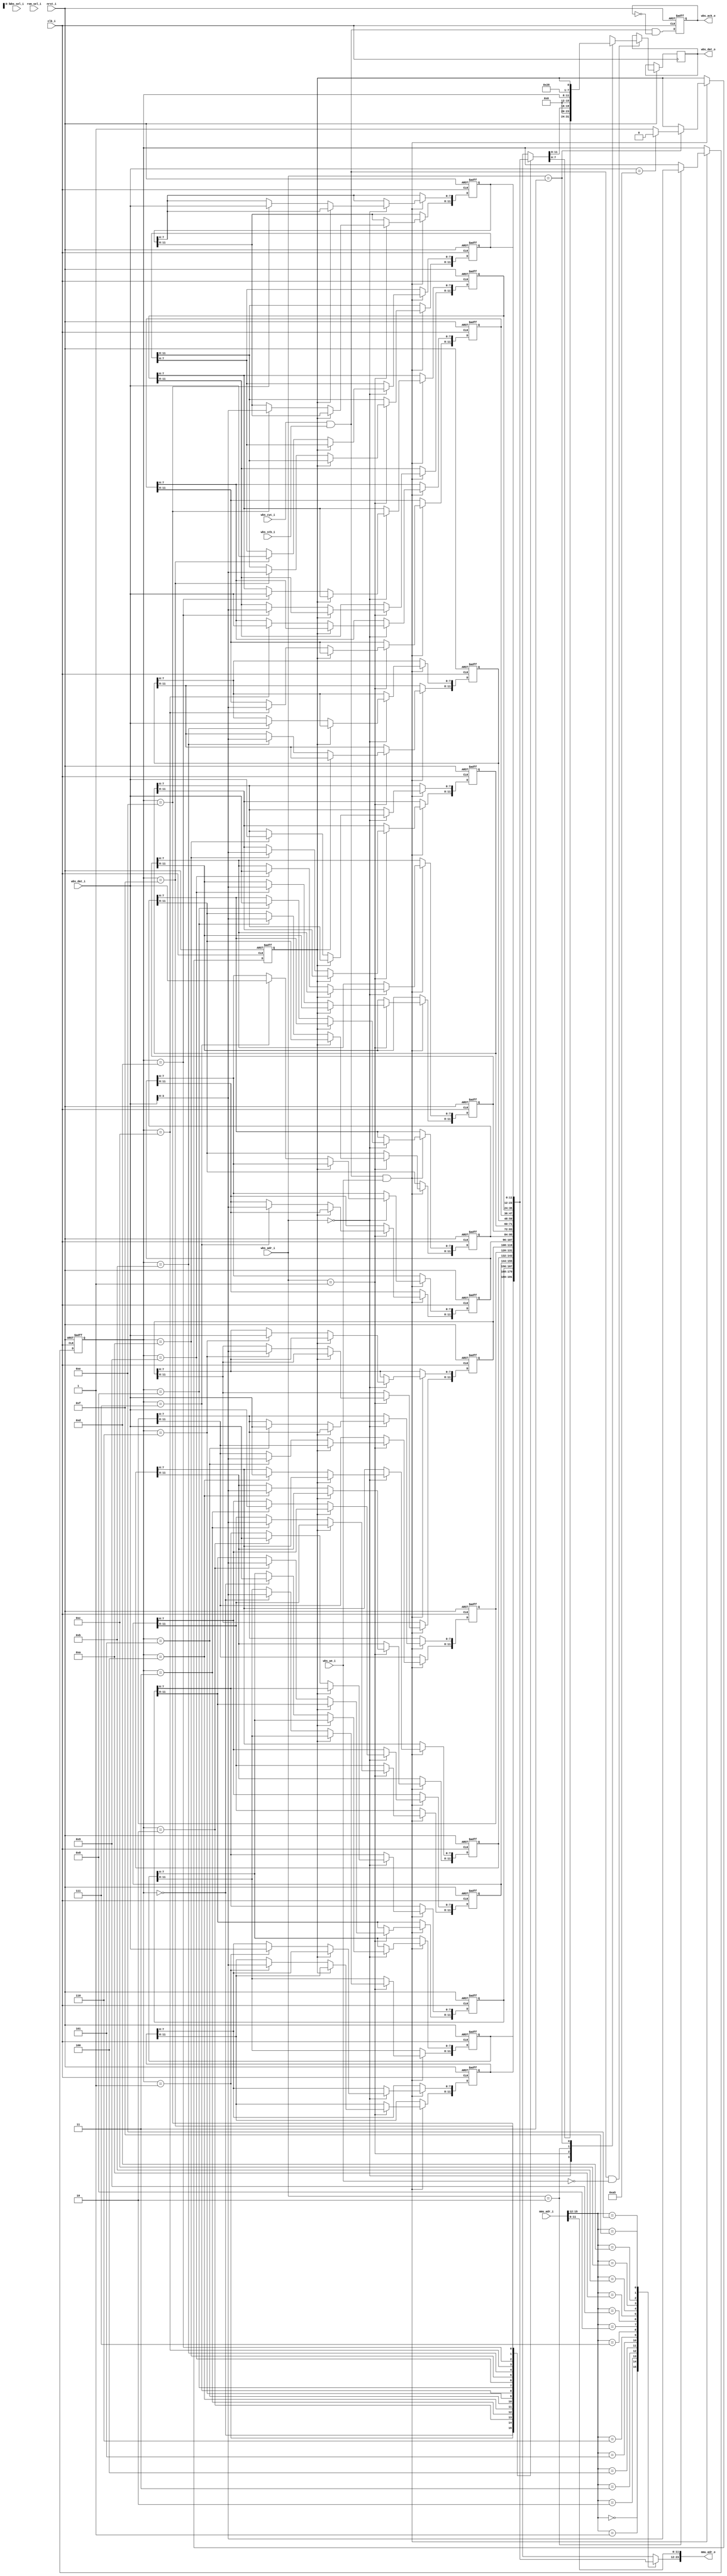
//////////////////////////////////////////////////////////////////////
////                                                              ////
////  $Id: wb_mmu.v,v 1.4 2008-12-15 06:42:44 hharte Exp $        ////
////  wb_mmu.v - Simple Memory Mapping Unit with Wishbone         ////
////             Slave interface for configuration.               ////
////                                                              ////
////  This file is part of the Vector Graphic Z80 SBC Project     ////
////  http://www.opencores.org/projects/vg_z80_sbc/               ////
////                                                              ////
////  Author:                                                     ////
////      - Howard M. Harte (hharte@opencores.org)                ////
////                                                              ////
//////////////////////////////////////////////////////////////////////
////                                                              ////
//// Copyright (C) 2008 Howard M. Harte                           ////
////                                                              ////
//// This source file may be used and distributed without         ////
//// restriction provided that this copyright statement is not    ////
//// removed from the file and that any derivative work contains  ////
//// the original copyright notice and the associated disclaimer. ////
////                                                              ////
//// This source file is free software; you can redistribute it   ////
//// and/or modify it under the terms of the GNU Lesser General   ////
//// Public License as published by the Free Software Foundation; ////
//// either version 2.1 of the License, or (at your option) any   ////
//// later version.                                               ////
////                                                              ////
//// This source is distributed in the hope that it will be       ////
//// useful, but WITHOUT ANY WARRANTY; without even the implied   ////
//// warranty of MERCHANTABILITY or FITNESS FOR A PARTICULAR      ////
//// PURPOSE.  See the GNU Lesser General Public License for more ////
//// details.                                                     ////
////                                                              ////
//// You should have received a copy of the GNU Lesser General    ////
//// Public License along with this source; if not, download it   ////
//// from http://www.opencores.org/lgpl.shtml                     ////
////                                                              ////
//////////////////////////////////////////////////////////////////////

//+---------------------------------------------------------------------------+
//|
//| Simple Memory Mapping Unit (MMU) for allowing a CPU with a 16-bit address
//| space to access a 16MB address space, using 16 4K pages.
//| 
//| The MMU has a table of 16 4K "pages" that can be map an address in the
//| 64K space into a corresponding address in a 16MB space.  Each 4K page can
//| map to any 4K boundary in a 16MB (24-bit) physical address space.
//| 
//| The MMU occupies four byte-wide memory locations, and must be accessed as
//| bytes.  The registers are as follows:
//|
//| 0 - MMR_L       Lower 8-bits = MMR_L  <ll>
//| 1 - MMR_H       Upper 4-bits = MMR_H  <h>
//| 2 - ADR_INDEX   (0x0-0xF to select the memory region modified by the MMR_x
//|                 registers.  This register defaults to 0 at reset.
//| 3 - LOCK        Writing 0xA5 to this register unlocks to MMU, any other
//|                 value locks it.  When locked, the MMR_L, MMR_H registers
//|                 are read-only.  Reading the LOCK register returns 0x51
//|                 if locked, 0x50 if unlocked.  The MMU is locked on reset.
//| 
//| The MMU forms the final 24-bit address on the 4K page as follows:
//|
//|      <pxxx> - 64K unmapped address (mmu_adr_i)
//| <h>:<llxxx> - 16M mapped address (mmu_adr_o)
//| 
//| where: p = 4K page in 64K address space
//|        h = MMR_H register
//|        l = MMR_L register
//|        x = address bits passed through the MMU unchanged.
//|
//+---------------------------------------------------------------------------+
module wb_mmu(
    clk_i, nrst_i, wbs_adr_i, wbs_dat_o, wbs_dat_i, wbs_sel_i, wbs_we_i,
    wbs_stb_i, wbs_cyc_i, wbs_ack_o,
    mmu_adr_i,
    mmu_adr_o,
    rom_sel_i
);

//`define USE_SERIAL_MONITOR  // Define to use MON4.0C Serial Monitor, 'G E80C' to boot floppy
    // Wishbone Slave Interface
    input          clk_i;
    input          nrst_i;
    input    [1:0] wbs_adr_i;
    output reg [7:0] wbs_dat_o;
    input    [7:0] wbs_dat_i;
    input    [3:0] wbs_sel_i;
    input          wbs_we_i;
    input          wbs_stb_i;
    input          wbs_cyc_i;
    output  reg    wbs_ack_o;
    
    // MMU Address Interface
    output  [23:0] mmu_adr_o;
    input   [23:0] mmu_adr_i;
    
    // Reset memory mapping selection
    input          rom_sel_i;

    // Internal storage for mapping and state information
    reg     [11:0] mmu_lut[0:15];
    reg      [3:0] adr_index;
    reg            mmu_lock;

    //
    // generate wishbone register bank writes
    wire wbs_acc = wbs_cyc_i & wbs_stb_i;    // WISHBONE access
    wire wbs_wr  = wbs_acc & wbs_we_i;       // WISHBONE write access
    wire wbs_rd  = wbs_acc & !wbs_we_i;      // WISHBONE read access
    reg      [4:0] i;

    always @(posedge clk_i or negedge nrst_i)
        if(~nrst_i) // Reset
        begin
            wbs_ack_o <= 1'b0;
            adr_index <= 4'b0;
            mmu_lock <= 1'b1;               // Lock MMU on reset
                
            // Initial values for MMU mapping table.
            mmu_lut[0]  <= 12'h100;      // 0x0xxx - Shadow of Monitor, only used to jump to monitor at 0xE000.
                                         // But not the same copy as at E000, because the init patches RST38.        
            mmu_lut[1]  <= 12'h201;      // 0x1000
            mmu_lut[2]  <= 12'h801;      // 0x2000
            mmu_lut[3]  <= 12'h802;      // 0x3000
            mmu_lut[4]  <= 12'h803;      // 0x4000
            mmu_lut[5]  <= 12'h804;      // 0x5000
            mmu_lut[6]  <= 12'h805;      // 0x6000
            mmu_lut[7]  <= 12'h806;      // 0x7000
            mmu_lut[8]  <= 12'h807;      // 0x8000
            mmu_lut[9]  <= 12'h808;      // 0x9000
            mmu_lut[10] <= 12'h809;      // 0xA000
            mmu_lut[11] <= 12'h200;      // 0xB000 - SRAM2-0
            mmu_lut[12] <= 12'h101;      // 0xC000 - SRAM0-3
`ifdef USE_SERIAL_MONITOR
            // Use Serial Monitor
            mmu_lut[13] <= 12'h103;  // 0xD000 - MON 4.3  (Flashwriter2 Monitor)
            mmu_lut[14] <= 12'h102;  // 0xE000 - MON 4.0c (Serial Monitor)
`else
            // Use Flashwriter2 Monitor
            mmu_lut[13] <= 12'h102;  // 0xD000 - MON 4.0c (Serial Monitor)
            mmu_lut[14] <= 12'h103;  // 0xE000 - MON 4.3  (Flashwriter2 Monitor)
`endif // USE_SERIAL_MONITOR
            mmu_lut[15] <= 12'h600;      // 0xF000 - VGA
        end
        else begin
            if(wbs_wr)  // Wishbone Write, decode byte enables to determine register offset.
                case(wbs_adr_i)
                    2'h0: begin   // Data L Register
                        if(mmu_lock == 1'b0)
                            mmu_lut[adr_index[3:0]][7:0] <= wbs_dat_i;
                    end
                    2'h1: begin   // Data H Register
                        if(mmu_lock == 1'b0)
                            mmu_lut[adr_index[3:0]][11:8] <= wbs_dat_i[3:0];
                    end
                    2'h2: begin   // Index Register
                        adr_index <= wbs_dat_i[3:0];
                    end
                    2'h3: begin   // Lock Register
                        if(wbs_dat_i == 8'hA5) begin
                            mmu_lock <= 1'b0;
                        end else begin
                            mmu_lock <= 1'b1;
                        end
                    end
                endcase

            if(wbs_rd) begin
                case(wbs_adr_i) // Wishbone Read, decode byte enables to determine register offset.
                    2'h0: begin   // Data L Register
                        wbs_dat_o <= mmu_lut[adr_index[3:0]][7:0];
                    end
                    2'h1: begin   // Data H Register
                        wbs_dat_o <= { 4'h0, mmu_lut[adr_index[3:0]][11:8] };
                    end
                    2'h2: begin   // Index Register
                        wbs_dat_o <= {4'b0, adr_index};
                    end
                    2'h3: begin   // Lock Register
                        wbs_dat_o <= {4'h5, 3'b0, mmu_lock};
                    end
                endcase
            end
          
            wbs_ack_o <= wbs_acc & !wbs_ack_o;
        end

    // Make the address mapping based on the MMU input address.
    wire [11:0] mmu_out = { mmu_lut[mmu_adr_i[15:12]] };
    
    // Output the mapped address with the lower 12-bits passed through.
    assign mmu_adr_o = {mmu_out[11:0], mmu_adr_i[11:0]};

endmodule